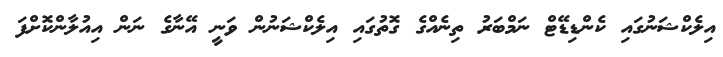
އިލެކްޝަނުގައި ކެންޑިޑޭޓް ނަމްބަރު ތިނެއްގެ ގޮތުގައި އިލެކްޝަނުން ވަނީ އޭނާގެ ނަން އިއުލާންކޮށްފަ